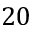
2 0